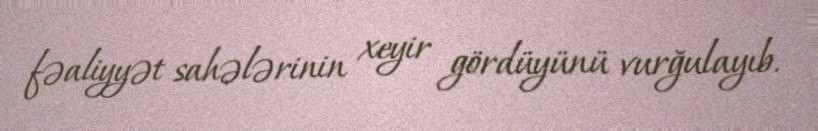
fəaliyyət sahələrinin xeyir gördüyünü vurğulayıb.